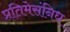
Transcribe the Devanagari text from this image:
प्रतिमेसंनिध